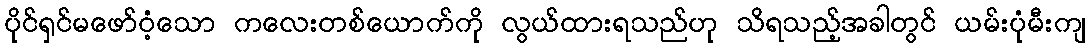
ပိုင်ရှင်မဖော်ဝံ့သော ကလေးတစ်ယောက်ကို လွယ်ထားရသည်ဟု သိရသည့်အခါတွင် ယမ်းပုံမီးကျ